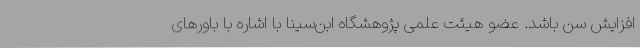
افزایش سن باشد. عضو هیئت علمی پژوهشگاه ابن‌سینا با اشاره با باور‌های